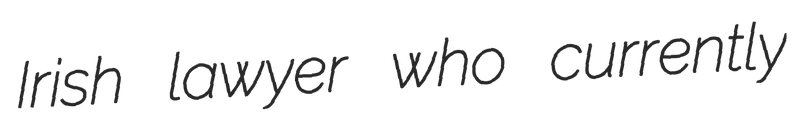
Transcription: Irish lawyer who currently